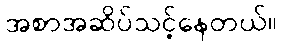
အစာအဆိပ်သင့်နေတယ်။